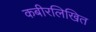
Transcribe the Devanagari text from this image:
कबीरलिखित